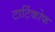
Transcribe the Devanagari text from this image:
टार्टिकोफ